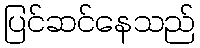
ပြင်ဆင်နေသည်